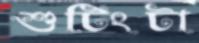
শুটিংটা